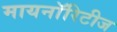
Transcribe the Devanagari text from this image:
मायनाॅरिटीज